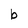
Character: b